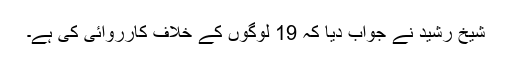
شیخ رشید نے جواب دیا کہ 19 لوگوں کے خلاف کارروائی کی ہے۔